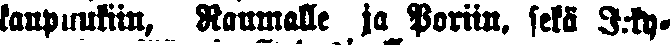
kaupunkiin, Raumalle ja Poriin, sekä J:ky-